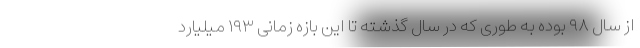
از سال ۹۸ بوده به طوری که در سال گذشته تا این بازه زمانی ۱۹۳ میلیارد